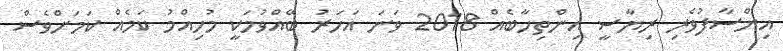
އިންސާފުވެރި ރިޔާސީ އިންތިހާބެއް 2018 ވަނަ އަހަރު ބޭއްވުމަކީ މުހިއްމު ކަމެއް ކަމަށްވެސް